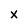
Character: x